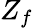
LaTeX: Z_{f}